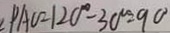
P A C = 1 2 0 ^ { \circ } - 3 0 ^ { \circ } = 9 0 ^ { \circ }